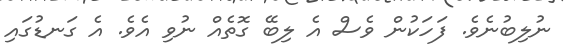
ނުލިބުނެވެ. ފަހަކުން ވެސް އެ ލިބޭ ގޮތެއް ނުވި އެވެ. އެ ގަނޑުގައި